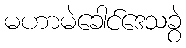
မဟာမဲခေါင်ဒေသခွဲ